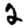
Digit: 2